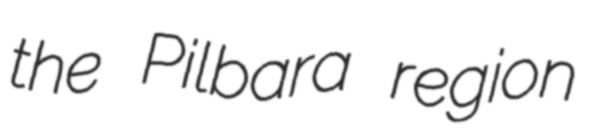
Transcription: the Pilbara region